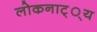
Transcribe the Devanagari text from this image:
लोकनाट््य